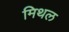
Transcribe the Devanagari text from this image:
मिथल